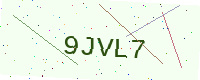
Text: 9JVL7